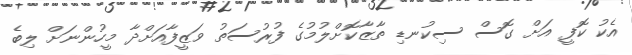
އެކު ކޮފީ އަށް ގޮސް ސިކުނޑި ތާޒާކޮށްލުމުގެ ފުރުސަތު ވަޒީފާއަށްދާ މީހުންނަށް ލިބެ